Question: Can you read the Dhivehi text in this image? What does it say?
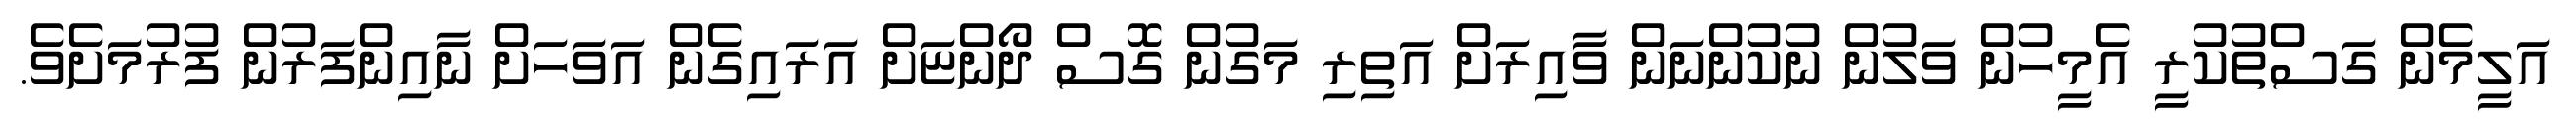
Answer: އަލީމެން ގަސްތުކުރީ އެމީހުން ވަލުން ނުކުންނަން ވާއިރަށް އަތިރި މަގުން ގޮސް ދޯންޏަށް އަރައިގެން އަވަހަށް ނާއިންފަރުން ފުރުމަށެވެ.